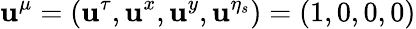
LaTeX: \mathbf{u}^{\mu}=(\mathbf{u}^{\tau},\mathbf{u}^{x},\mathbf{u}^{y},\mathbf{u}^{\eta_{s}})=(1,0,0,0)